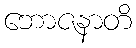
ဘောဇနာတိ